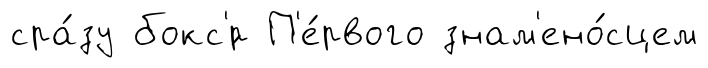
сра́зу бокс'́р П'е́рвого знам'ено́сцем